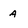
Character: A